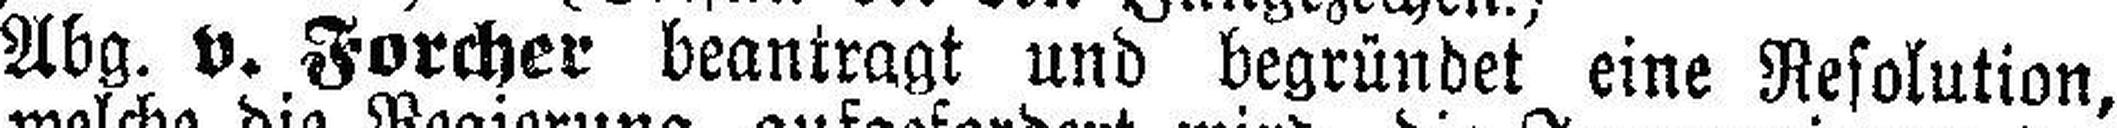
Abg. v. Forcher beantragt und begründet eine Resolution,